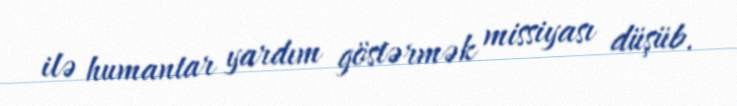
ilə humantar yardım göstərmək missiyası düşüb.